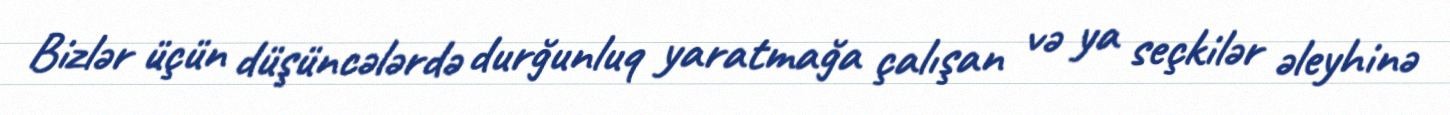
Bizlər üçün düşüncələrdə durğunluq yaratmağa çalışan və ya seçkilər əleyhinə